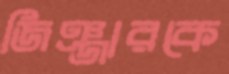
জিঞ্জারকে